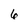
Character: 6